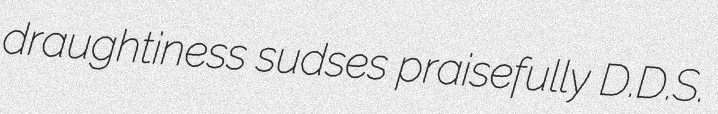
draughtiness sudses praisefully D.D.S.